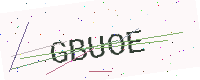
Text: GBUOE